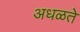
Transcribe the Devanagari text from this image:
अधळते